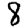
Digit: 8